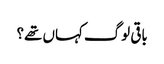
باقی لوگ کہاں تھے؟